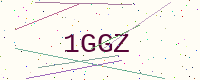
Text: 1GGZ